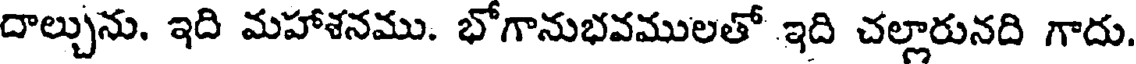
దాల్చును. ఇది మహాశనము. భోగానుభవములతో ఇది చల్లారునది గాదు